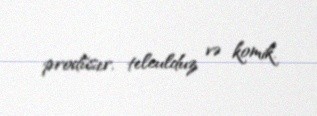
prodüser, teleulduz və komik.